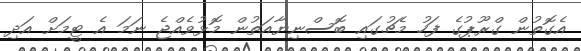
އެގޮތުން ގްރޫޕުގެ ފަހު މެޗުގައި ބޮސްނިޔާއަތުން މޮޅުވެއްޖެ ނަމަ އެ ޓީމަށް އަދި